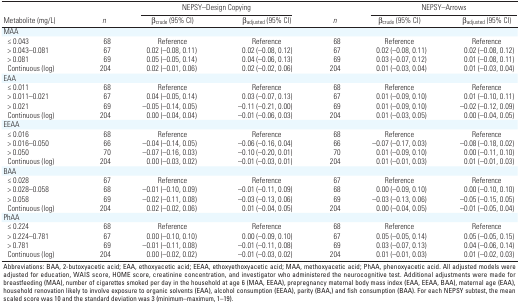
<table><thead><tr><td rowspan="2"><b>Metabolite (mg/L)</b></td><td rowspan="2"><b><i>n</i></b></td><td colspan="2"><b>NEPSY–Design Copying</b></td><td rowspan="2"><b><i>n</i></b></td><td colspan="2"><b>NEPSY–Arrows</b></td></tr><tr><td><b>β<sub>crude</sub> (95% CI)</b></td><td><b>β<sub>adjusted</sub> (95% CI) </b></td><td><b>β<sub>crude</sub> (95% CI)</b></td><td><b>β<sub>adjusted</sub> (95% CI)</b></td></tr></thead><tbody><tr><td><b>MAA</b></td></tr><tr><td><b>≤ 0.043</b></td><td>68</td><td>Reference</td><td>Reference</td><td>68</td><td>Reference</td><td>Reference</td></tr><tr><td><b>&gt; 0.043–0.081</b></td><td>67</td><td>0.02 (–0.08, 0.11)</td><td>0.02 (–0.08, 0.12)</td><td>67</td><td>0.02 (–0.08, 0.11)</td><td>0.02 (–0.08, 0.12)</td></tr><tr><td><b>&gt; 0.081</b></td><td>69</td><td>0.05 (–0.05, 0.14)</td><td>0.04 (–0.06, 0.13)</td><td>69</td><td>0.03 (–0.07, 0.12)</td><td>0.01 (–0.08, 0.11)</td></tr><tr><td><b>Continuous (log)</b></td><td>204</td><td>0.02 (–0.01, 0.06)</td><td>0.02 (–0.02, 0.06)</td><td>204</td><td>0.01 (–0.03, 0.04)</td><td>0.01 (–0.03, 0.04)</td></tr><tr><td><b>EAA</b></td></tr><tr><td><b>≤ 0.011</b></td><td>68</td><td>Reference</td><td>Reference</td><td>68</td><td>Reference</td><td>Reference</td></tr><tr><td><b>&gt; 0.011–0.021</b></td><td>67</td><td>0.04 (–0.05, 0.14)</td><td>0.03 (–0.07, 0.13)</td><td>67</td><td>0.01 (–0.09, 0.10)</td><td>0.01 (–0.10, 0.11)</td></tr><tr><td><b>&gt; 0.021</b></td><td>69</td><td>–0.05 (–0.14, 0.05)</td><td>–0.11 (–0.21, 0.00)</td><td>69</td><td>0.01 (–0.09, 0.10)</td><td>–0.02 (–0.12, 0.09)</td></tr><tr><td><b>Continuous (log)</b></td><td>204</td><td>0.00 (–0.04, 0.04)</td><td>–0.01 (–0.06, 0.03)</td><td>204</td><td>0.01 (–0.03, 0.05)</td><td>0.00 (–0.04, 0.05)</td></tr><tr><td><b>EEAA</b></td></tr><tr><td><b>≤ 0.016</b></td><td>68</td><td>Reference</td><td>Reference</td><td>68</td><td>Reference</td><td>Reference</td></tr><tr><td><b>&gt; 0.016–0.050</b></td><td>66</td><td>–0.04 (–0.14, 0.05)</td><td>–0.06 (–0.16, 0.04)</td><td>66</td><td>–0.07 (–0.17, 0.03)</td><td>–0.08 (–0.18, 0.02)</td></tr><tr><td><b>&gt; 0.050</b></td><td>70</td><td>–0.07 (–0.16, 0.03)</td><td>–0.10 (–0.20, 0.01)</td><td>70</td><td>0.01 (–0.09, 0.10)</td><td>0.00 (–0.11, 0.10)</td></tr><tr><td><b>Continuous (log)</b></td><td>204</td><td>0.00 (–0.03, 0.02)</td><td>–0.01 (–0.03, 0.01)</td><td>204</td><td>0.01 (–0.01, 0.03)</td><td>0.01 (–0.01, 0.03)</td></tr><tr><td><b>BAA</b></td></tr><tr><td><b>≤ 0.028</b></td><td>67</td><td>Reference</td><td>Reference</td><td>67</td><td>Reference</td><td>Reference</td></tr><tr><td><b>&gt; 0.028–0.058</b></td><td>68</td><td>–0.01 (–0.10, 0.09)</td><td>–0.01 (–0.11, 0.09)</td><td>68</td><td>0.00 (–0.09, 0.10)</td><td>0.00 (–0.10, 0.10)</td></tr><tr><td><b>&gt; 0.058</b></td><td>69</td><td>–0.02 (–0.11, 0.08)</td><td>–0.03 (–0.13, 0.06)</td><td>69</td><td>–0.03 (–0.13, 0.06)</td><td>–0.05 (–0.15, 0.05)</td></tr><tr><td><b>Continuous (log)</b></td><td>204</td><td>0.02 (–0.02, 0.06)</td><td>0.01 (–0.04, 0.05)</td><td>204</td><td>0.00 (–0.04, 0.05)</td><td>–0.01 (–0.05, 0.04)</td></tr><tr><td><b>PhAA</b></td></tr><tr><td><b>≤ 0.224</b></td><td>68</td><td>Reference</td><td>Reference</td><td>68</td><td>Reference</td><td>Reference</td></tr><tr><td><b>&gt; 0.224–0.781</b></td><td>67</td><td>0.00 (–0.10, 0.10)</td><td>0.00 (–0.09, 0.10)</td><td>67</td><td>0.05 (–0.05, 0.14)</td><td>0.05 (–0.05, 0.15)</td></tr><tr><td><b>&gt; 0.781</b></td><td>69</td><td>–0.01 (–0.11, 0.08)</td><td>–0.01 (–0.11, 0.08)</td><td>69</td><td>0.03 (–0.07, 0.13)</td><td>0.04 (–0.06, 0.14)</td></tr><tr><td><b>Continuous (log)</b></td><td>204</td><td>0.00 (–0.02, 0.02)</td><td>–0.01 (–0.03, 0.02)</td><td>204</td><td>0.01 (–0.01, 0.03)</td><td>0.01 (–0.02, 0.03)</td></tr><tr><td colspan="7">Abbreviations: BAA, 2-butoxyacetic acid; EAA, ethoxyacetic acid; EEAA, ethoxyethoxyacetic acid; MAA, methoxyacetic acid; PhAA, phenoxyacetic acid. All adjusted models were adjusted for education, WAIS score, HOME score, creatinine concentration, and investigator who administered the neurocognitive test. Additional adjustments were made for breastfeeding (MAA), number of cigarettes smoked per day in the household at age 6 (MAA, EEAA), prepregnancy maternal body mass index (EAA, EEAA, BAA), maternal age (EAA), household renovation likely to involve exposure to organic solvents (EAA), alcohol consumption (EEAA), parity (BAA,) and fish consumption (BAA). For each NEPSY subtest, the mean scaled score was 10 and the standard deviation was 3 (minimum–maximum, 1–19).</td></tr></tbody></table>